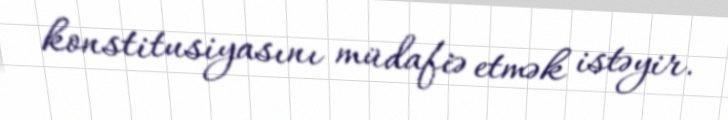
konstitusiyasını müdafiə etmək istəyir.